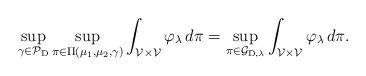
LaTeX: \begin{align*}\sup _{\gamma \in \mathcal{P}_{\mathrm{D}} } \sup _{\pi \in \Pi\left(\mu_1, \mu_2, \gamma\right)} \int_{\mathcal{V} \times \mathcal{V}} \varphi_\lambda \, d \pi = \sup_{\pi \in \mathcal{G}_{\mathrm{D}, \lambda} } \int_{\mathcal{V} \times \mathcal{V} } \varphi_\lambda \, d \pi.\end{align*}